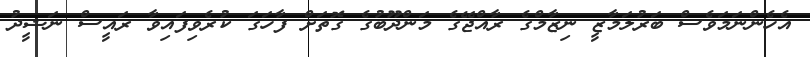
އެހެންނަމަވެސް ބަރުލަމާޒީ ނިޒާމްގެ ރާއްޖޭގެ މަންދޫބުގެ ގޮތަށް ފާހަގަ ކުރެވިފައިވާ ރައީސް ނަޝީދު